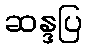
ဆန္ဒပြ